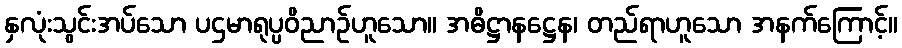
နှလုံးသွင်းအပ်သော ပဌမာရုပ္ပဝိညာဉ်ဟူသော။ အဓိဋ္ဌာနဋ္ဌေန၊ တည်ရာဟူသော အနက်ကြောင့်။